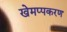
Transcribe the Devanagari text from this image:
खेमप्पकरण